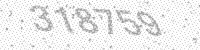
Solution: 318759